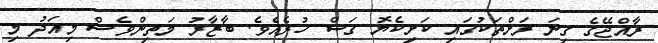
ރާއްޖޭގެ ގިނަ ރަށްތަކުގައި ކަށިކެޔޮ ގަސް ހުރެއެވެ. ބާޒާރު މަތިންވެސް މިއަދު މި